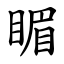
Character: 睸